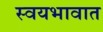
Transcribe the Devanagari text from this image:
स्वयभावात